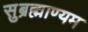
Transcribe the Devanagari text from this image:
सुब्रह्माण्यम